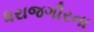
ધરાજગીરના